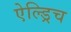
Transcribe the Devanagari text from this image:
ऐल्ड्रिच